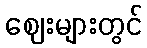
ဈေးများတွင်